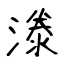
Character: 漛